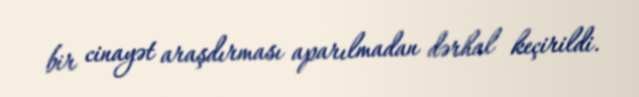
bir cinayət araşdırması aparılmadan dərhal keçirildi.